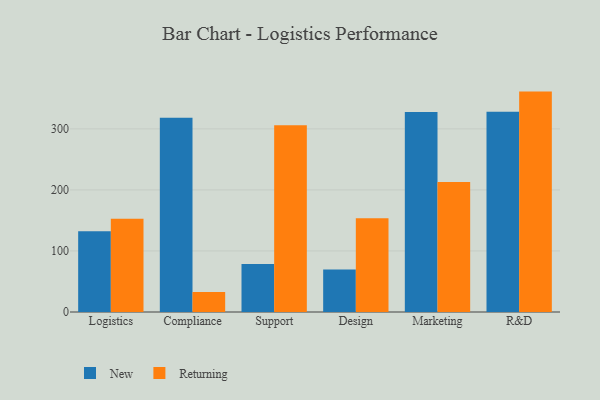
{"axis": {"x": "Department", "y": "Satisfaction Score"}, "legend": ["New", "Returning"], "data": [{"x": "Logistics", "y": 132.5, "type": "New"}, {"x": "Logistics", "y": 152.8, "type": "Returning"}, {"x": "Compliance", "y": 318.3, "type": "New"}, {"x": "Compliance", "y": 32.6, "type": "Returning"}, {"x": "Support", "y": 78.6, "type": "New"}, {"x": "Support", "y": 306.0, "type": "Returning"}, {"x": "Design", "y": 69.7, "type": "New"}, {"x": "Design", "y": 153.7, "type": "Returning"}, {"x": "Marketing", "y": 327.8, "type": "New"}, {"x": "Marketing", "y": 213.1, "type": "Returning"}, {"x": "R&D", "y": 328.1, "type": "New"}, {"x": "R&D", "y": 361.1, "type": "Returning"}]}